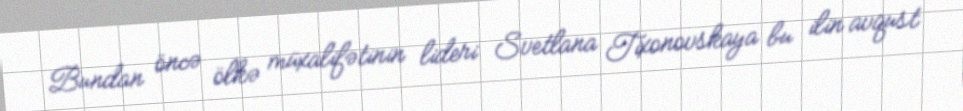
Bundan öncə ölkə müxalifətinin lideri Svetlana Tixonovskaya bu ilin avqust